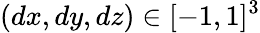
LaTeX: (dx,dy,dz)\in[-1,1]^{3}